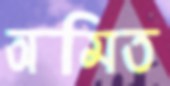
অমিত